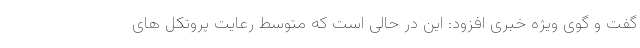
گفت و گوی ویژه خبری افزود: این در حالی است که متوسط رعایت پروتکل های